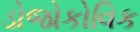
ડોજોકોવિક